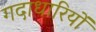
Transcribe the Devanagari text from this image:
गदाधारियों